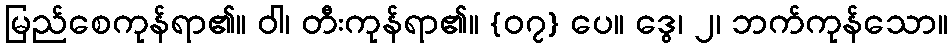
မြည်စေကုန်ရာ၏။ ဝါ၊ တီးကုန်ရာ၏။ {၀၇} ပေ။ ဒွေ၊ ၂၊ ဘက်ကုန်သော။